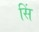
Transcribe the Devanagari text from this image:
सिं